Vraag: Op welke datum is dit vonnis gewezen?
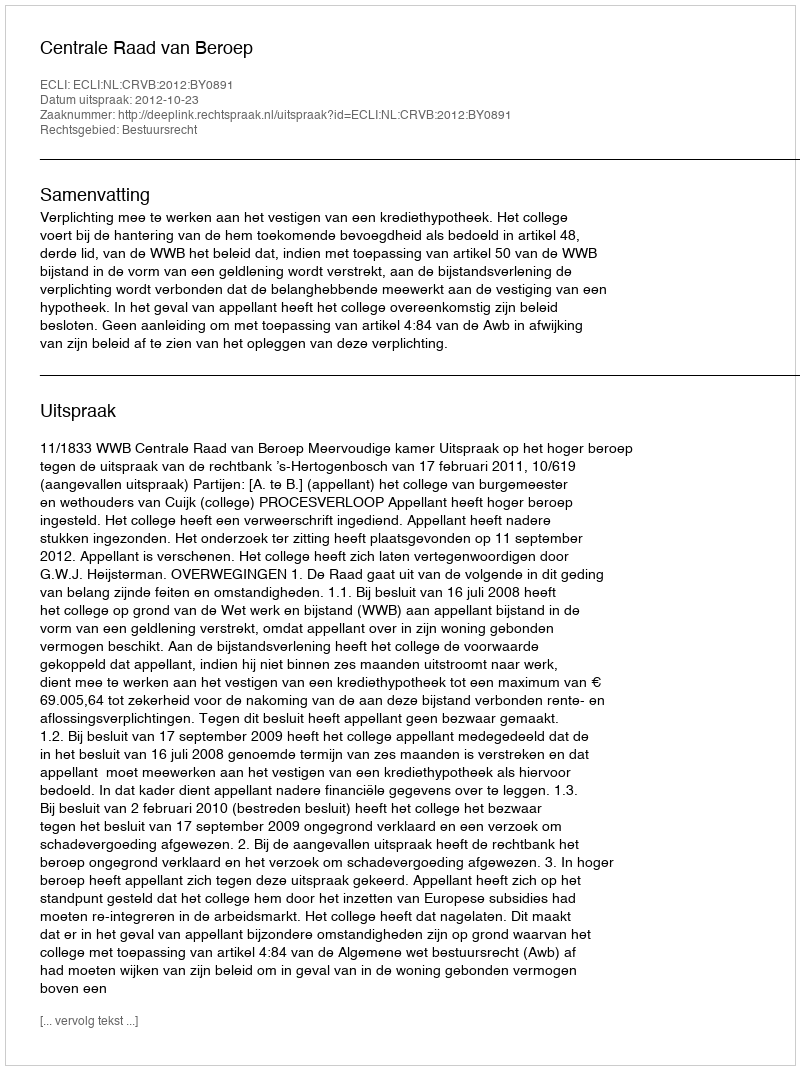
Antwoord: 2012-10-23